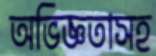
অভিজ্ঞতাসহ